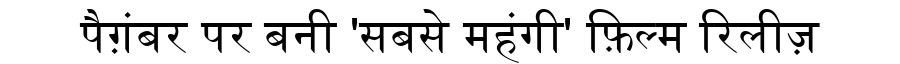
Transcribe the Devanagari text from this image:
पैग़ंबर पर बनी 'सबसे महंगी' फ़िल्म रिलीज़